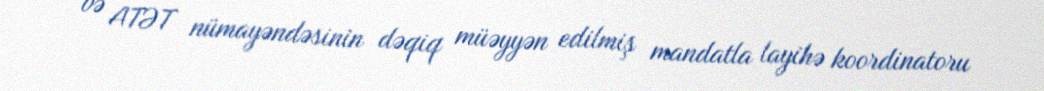
və ATƏT nümayəndəsinin dəqiq müəyyən edilmiş mandatla layihə koordinatoru